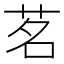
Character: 茗